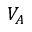
V _ { A }